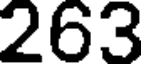
263